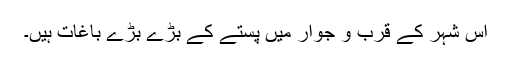
اس شہر کے قرب و جوار میں پستے کے بڑے بڑے باغات ہیں۔